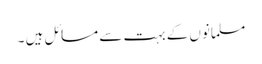
مسلمانوں کے بہت سے مسائل ہیں ۔